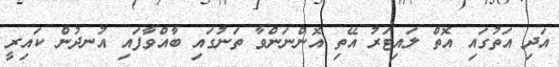
އަދި އަތުގައި އޮތް ލައިޓަރު އޭތި އޮންނަންވާ ތަނުގައި ބާއްވާފައި އުނދުން ކައިރީ